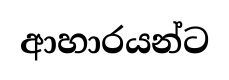
ආහාරයන්ට